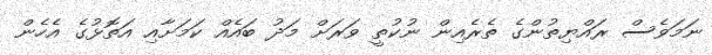
ނަމަވެސް ރައްޔިތުންގެ ތެރެއިން ނުކުތީ ވަރަށް މަދު ބައެއް ކަމަށާއި އަތޮޅުގެ އެހެން